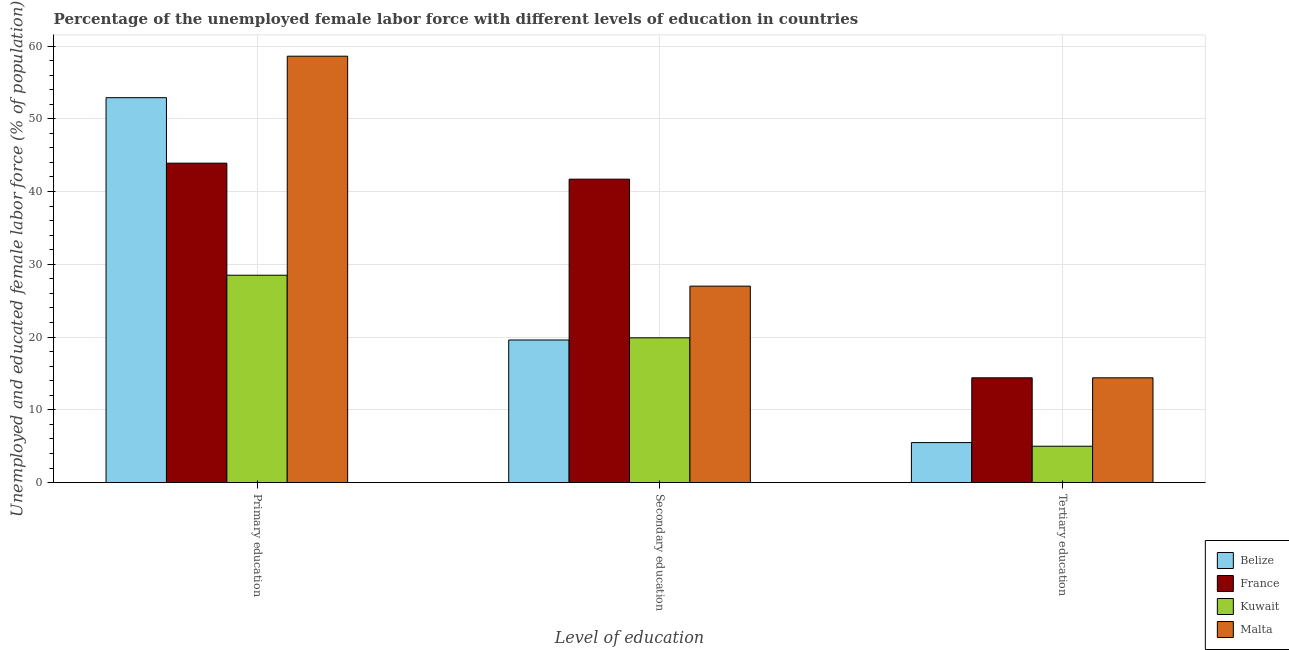
| Level of education | Belize | France | Kuwait | Malta |
 | --- | --- | --- | --- | --- |
 | Primary education | 52.9 | 43.9 | 28.5 | 58.6 |
 | Secondary education | 19.6 | 41.7 | 19.9 | 27 |
 | Tertiary education | 5.5 | 14.4 | 5 | 14.4 |